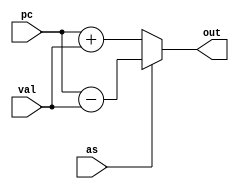
`timescale 1ns / 1ps
//////////////////////////////////////////////////////////////////////////////////
// Company: 
// Engineer: 
// 
// Design Name: 
// Module Name:    pcaddsub 
// Project Name: 
// Target Devices: 
// Tool versions: 
// Description: 
//
// Dependencies: 
//
// Revision: 
// Revision 0.01 - File Created
// Additional Comments: 
//
//////////////////////////////////////////////////////////////////////////////////
module pcaddsub(
    input [7:0] pc,
    input [7:0] val,
    output wire [7:0] out,
    input as
    );

assign out = (as) ? (pc - val) : (pc + val);
endmodule